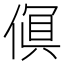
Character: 𫣎